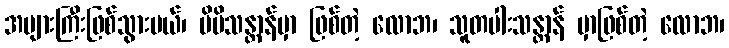
အများကြီးဖြစ်သွားမယ်၊ မိမိသန္တာန်မှာ ဖြစ်တဲ့ လောဘ၊ သူတပါးသန္တာန် မှာဖြစ်တဲ့ လောဘ၊